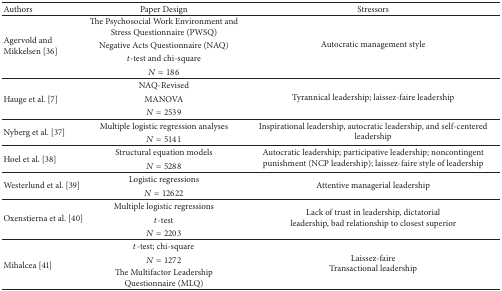
<table><thead><tr><td><b>Authors</b></td><td><b>Paper Design</b></td><td><b>Stressors</b></td></tr></thead><tbody><tr><td rowspan="4">Agervold and Mikkelsen [36]</td><td>The Psychosocial Work Environment and Stress Questionnaire (PWSQ)</td><td rowspan="4">Autocratic management style</td></tr><tr><td>Negative Acts Questionnaire (NAQ)</td></tr><tr><td><i>t</i>-test and chi-square</td></tr><tr><td><i>N</i> = 186</td></tr><tr><td rowspan="3"> Hauge et al. [7]</td><td>NAQ-Revised</td><td rowspan="3">Tyrannical leadership; laissez-faire leadership</td></tr><tr><td>MANOVA</td></tr><tr><td><i>N</i> = 2539</td></tr><tr><td rowspan="2"> Nyberg et al. [37]</td><td>Multiple logistic regression analyses</td><td rowspan="2">Inspirational leadership, autocratic leadership, and self-centered leadership</td></tr><tr><td><i>N</i> = 5141</td></tr><tr><td rowspan="2"> Hoel et al. [38]</td><td>Structural equation models</td><td rowspan="2">Autocratic leadership; participative leadership; noncontingent punishment (NCP leadership); laissez-faire style of leadership</td></tr><tr><td><i>N</i> = 5288</td></tr><tr><td rowspan="2"> Westerlund et al. [39]</td><td>Logistic regressions</td><td rowspan="2">Attentive managerial leadership</td></tr><tr><td><i>N</i> = 12622</td></tr><tr><td rowspan="3"> Oxenstierna et al. [40]</td><td>Multiple logistic regressions</td><td rowspan="3">Lack of trust in leadership, dictatorialleadership, bad relationship to closest superior</td></tr><tr><td><i>t</i>-test</td></tr><tr><td><i>N</i> = 2203</td></tr><tr><td rowspan="3"> Mihalcea [41]</td><td><i>t</i>-test; chi-square</td><td rowspan="3">Laissez-faireTransactional leadership</td></tr><tr><td><i>N</i> = 1272</td></tr><tr><td>The Multifactor Leadership Questionnaire (MLQ)</td></tr></tbody></table>